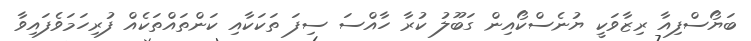
ބަޔޯސްފިއާ ރިޒާވަކީ ޔުނެސްކޯއިން ގަބޫލު ކުރާ ހާއްސަ ސިފަ ތަކަކާއި ކަންތައްތަކެއް ފުރިހަމަވެފައިވާ